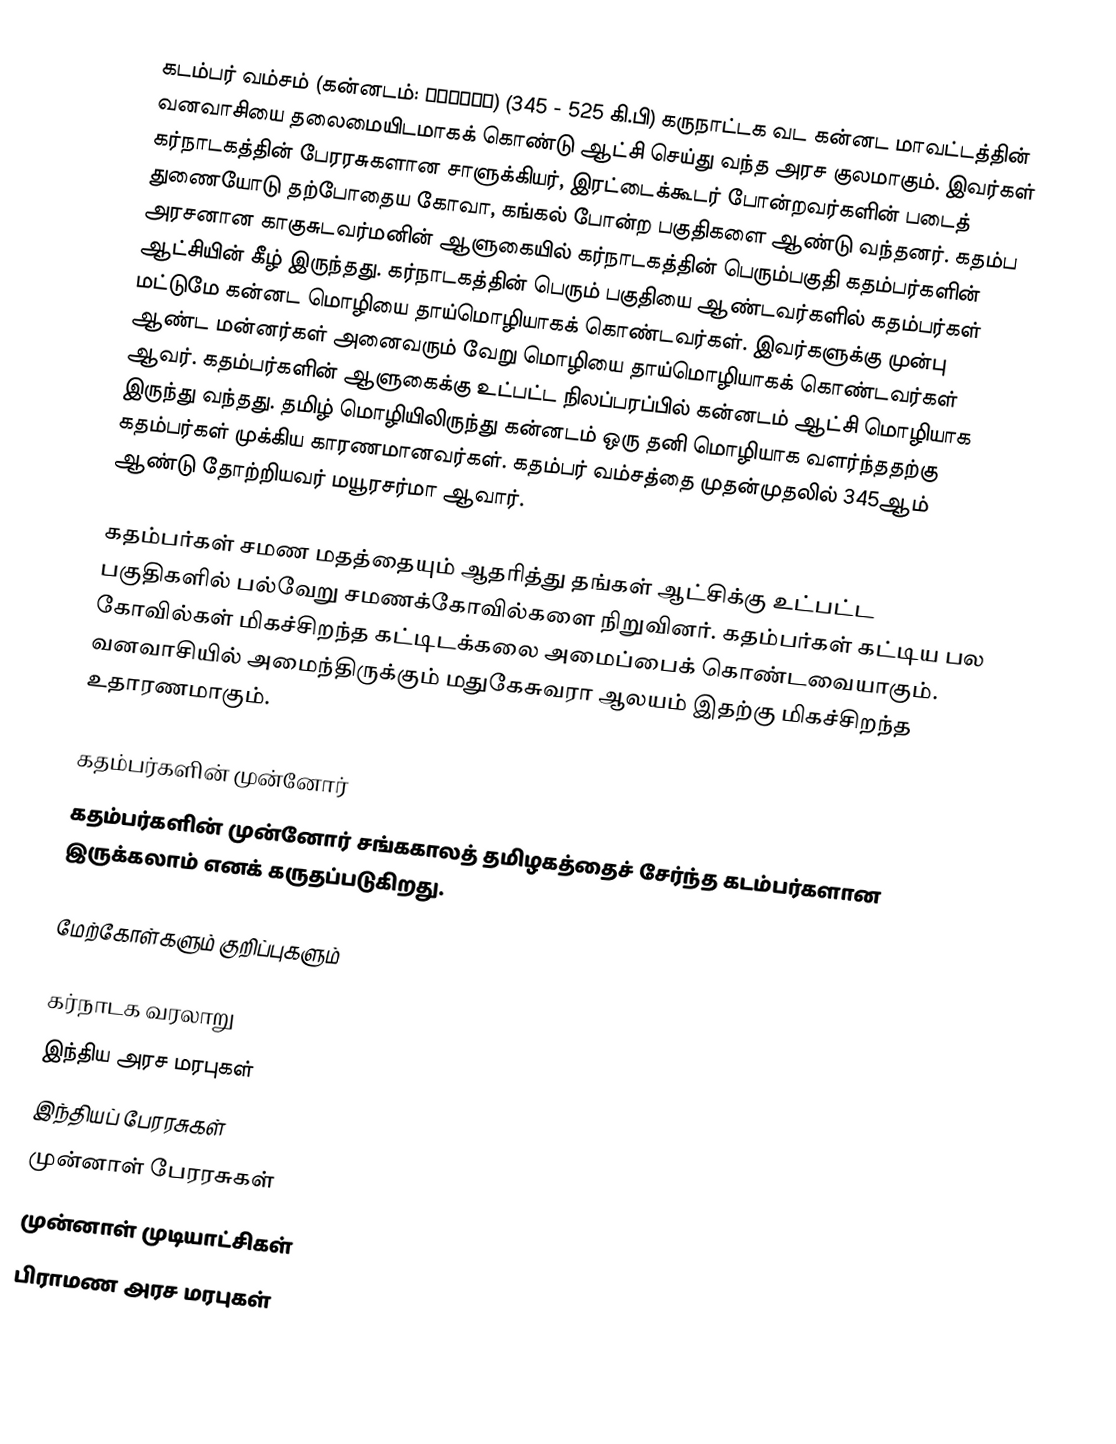
கடம்பர் வம்சம் (கன்னடம்: ಕದಂಬರು) (345 - 525 கி.பி) கருநாட்டக வட கன்னட மாவட்டத்தின் வனவாசியை தலைமையிடமாகக் கொண்டு ஆட்சி செய்து வந்த அரச குலமாகும். இவர்கள் கர்நாடகத்தின் பேரரசுகளான சாளுக்கியர், இரட்டைக்கூடர் போன்றவர்களின் படைத் துணையோடு தற்போதைய கோவா, கங்கல் போன்ற பகுதிகளை ஆண்டு வந்தனர். கதம்ப அரசனான காகுசுடவர்மனின் ஆளுகையில் கர்நாடகத்தின் பெரும்பகுதி கதம்பர்களின் ஆட்சியின் கீழ் இருந்தது. கர்நாடகத்தின் பெரும் பகுதியை ஆண்டவர்களில் கதம்பர்கள் மட்டுமே கன்னட மொழியை தாய்மொழியாகக் கொண்டவர்கள். இவர்களுக்கு முன்பு ஆண்ட மன்னர்கள் அனைவரும் வேறு மொழியை தாய்மொழியாகக் கொண்டவர்கள் ஆவர். கதம்பர்களின் ஆளுகைக்கு உட்பட்ட நிலப்பரப்பில் கன்னடம் ஆட்சி மொழியாக இருந்து வந்தது. தமிழ் மொழியிலிருந்து கன்னடம் ஒரு தனி மொழியாக வளர்ந்ததற்கு கதம்பர்கள் முக்கிய காரணமானவர்கள். கதம்பர் வம்சத்தை முதன்முதலில் 345ஆம் ஆண்டு தோற்றியவர் மயூரசர்மா ஆவார்.

கதம்பர்கள் சமண மதத்தையும் ஆதரித்து தங்கள் ஆட்சிக்கு உட்பட்ட பகுதிகளில் பல்வேறு சமணக்கோவில்களை நிறுவினர். கதம்பர்கள் கட்டிய பல கோவில்கள் மிகச்சிறந்த கட்டிடக்கலை அமைப்பைக் கொண்டவையாகும். வனவாசியில் அமைந்திருக்கும் மதுகேசுவரா ஆலயம் இதற்கு மிகச்சிறந்த உதாரணமாகும்.

கதம்பர்களின் முன்னோர்
கதம்பர்களின் முன்னோர் சங்ககாலத் தமிழகத்தைச் சேர்ந்த கடம்பர்களான இருக்கலாம் எனக் கருதப்படுகிறது.

மேற்கோள்களும் குறிப்புகளும்

கர்நாடக வரலாறு
இந்திய அரச மரபுகள்
இந்தியப் பேரரசுகள்
முன்னாள் பேரரசுகள்
முன்னாள் முடியாட்சிகள்
பிராமண அரச மரபுகள்